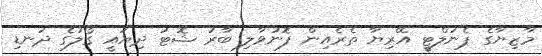
މާޒިޔާގެ ޕެނަލްޓީ އޭރިޔާ ތެރެއިން ފޮނުވާލި ބާރު ޝޮޓު ދިޔައީ ގޯލުގެ ދަނޑި